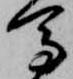
馬